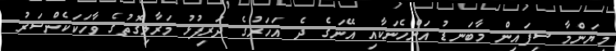
މިޔަންމާ ސިފައިން މާބަނޑު އަންހެނަކާއި އޭނަގެ ދެ އަހަރުގެ ދަރިފުޅު މަރާލިގޮތުގެ ވާހަކަކެންސަރު